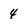
Character: 4